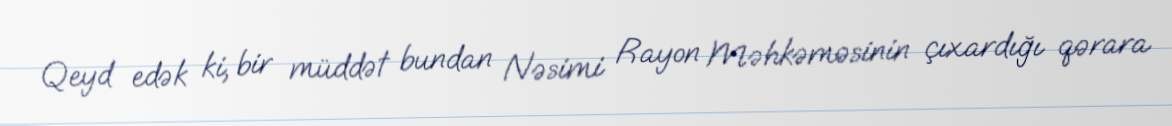
Qeyd edək ki, bir müddət bundan Nəsimi Rayon Məhkəməsinin çıxardığı qərara